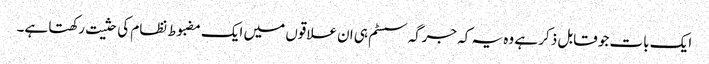
ایک بات جو قابل ذکر ہے وہ یہ کہ جرگہ سسٹم ہی ان علاقوں میں ایک مضبوط نظام کی حثیت رکھتا ہے۔